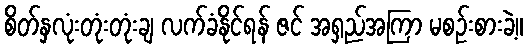
စိတ်နှလုံးတုံးတုံးချ လက်ခံနိုင်ရန် ဇင် အရှည်အကြာ မစဉ်းစားခဲ့။